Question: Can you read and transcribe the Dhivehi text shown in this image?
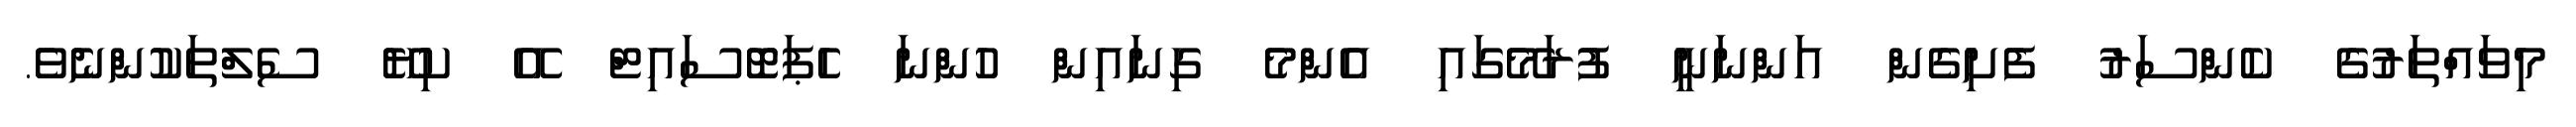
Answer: މިވައްތަރުގެ ކެންސަރު ފެށިގެން އަންނަނީ ފުރަމޭގައި އެންމެ ގިނައިން ހުންނަ ހެޕަޓޮސައިޓް އޭ ކިޔޭ ސެލްތަކުންނެވެ.